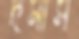
দমাস